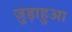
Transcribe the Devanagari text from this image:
जुड़ाहुआ